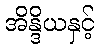
အိန္ဒိယနှင့်